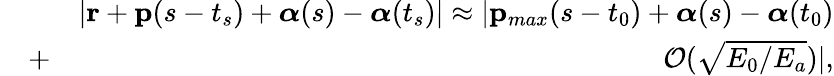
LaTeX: \begin{array}{rlr}&{}&{|\mathbf{r}+\mathbf{p}(s-t_{s})+\boldsymbol{\alpha}(s)-\boldsymbol{\alpha}(t_{s})|\approx|\mathbf{p}_{max}(s-t_{0})+\boldsymbol{\alpha}(s)-\boldsymbol{\alpha}(t_{0})}\\ &{+}&{{\cal O}(\sqrt{E_{0}/E_{a}})|,}\end{array}